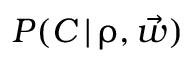
P ( C \, | \, \boldsymbol \uprho , \vec { w } )